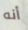
أنه